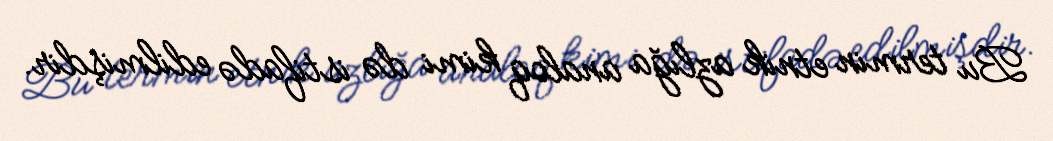
Bu termin etnik azlığa analoq kimi də istifadə edilmişdir.